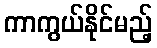
ကာကွယ်နိုင်မည့်